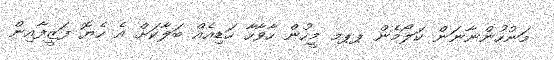
މަނުހުންނާނަން ކަލޯމެން ޕޕމ މީހުން ހާވާހާ ހަޑިއެއް ބަލާކަށް އެ ހެޔޮ ފަޒީފާއިން